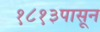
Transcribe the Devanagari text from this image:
१८१३पासून